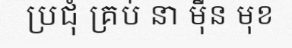
ប្រជុំ គ្រប់ នា ម៉ឺន មុខ